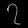
Digit: ၇